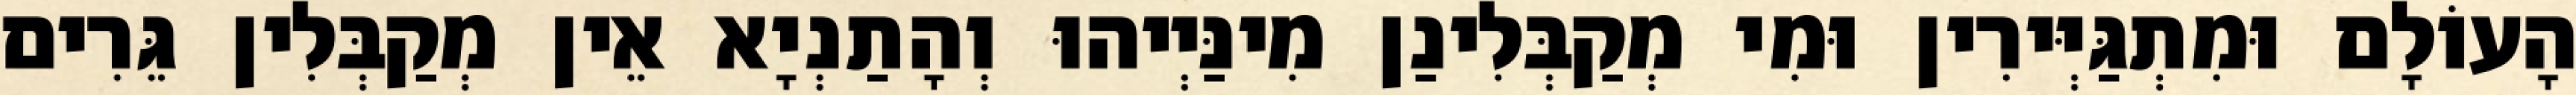
הָעוֹלָם וּמִתְגַּיְּירִין וּמִי מְקַבְּלִינַן מִינַּיְיהוּ וְהָתַנְיָא אֵין מְקַבְּלִין גֵּרִים